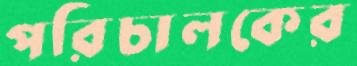
পরিচালকের